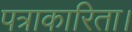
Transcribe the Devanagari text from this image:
पत्राकारिता।